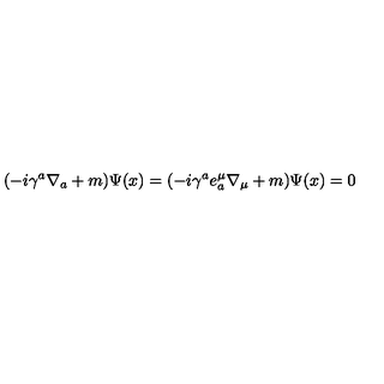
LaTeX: ( - i \gamma ^ { a } \nabla _ { a } + m ) \Psi ( x ) = ( - i \gamma ^ { a } e _ { a } ^ { \mu } \nabla _ { \mu } + m ) \Psi ( x ) = 0